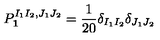
P _ { { \bf { 1 } } } ^ { I _ { 1 } I _ { 2 } , J _ { 1 } J _ { 2 } } = \frac { 1 } { 2 0 } \delta _ { I _ { 1 } I _ { 2 } } \delta _ { J _ { 1 } J _ { 2 } }